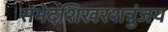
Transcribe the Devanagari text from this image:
संभेदशिखरशत्रुंजय